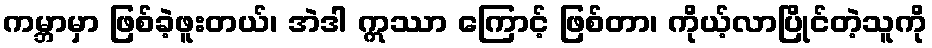
ကမ္ဘာမှာ ဖြစ်ခဲ့ဖူးတယ်၊ အဲဒါ ဣဿာ ကြောင့် ဖြစ်တာ၊ ကိုယ့်လာပြိုင်တဲ့သူကို